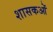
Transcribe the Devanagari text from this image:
शासकओं